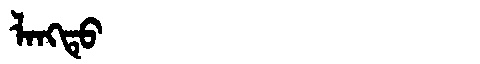
Manchu: ᠯᠠᠩᡨᡠ
Romanization: LANGTU